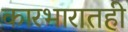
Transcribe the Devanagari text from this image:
कारभारातही